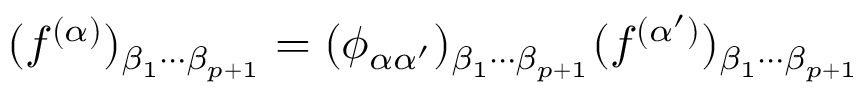
( f ^ { ( \alpha ) } ) _ { \beta _ { 1 } \cdots \beta _ { p + 1 } } = ( \phi _ { \alpha \alpha ^ { \prime } } ) _ { \beta _ { 1 } \cdots \beta _ { p + 1 } } ( f ^ { ( \alpha ^ { \prime } ) } ) _ { \beta _ { 1 } \cdots \beta _ { p + 1 } }